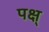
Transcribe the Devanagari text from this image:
पक्ष्